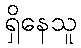
ရှိနေသူ